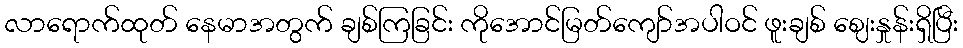
လာရောက်ထုတ် နေမာအတွက် ချစ်ကြခြင်း ကိုအောင်မြတ်ကျော်အပါဝင် ဖူးချစ် ဈေးနှုန်းရှိပြီး